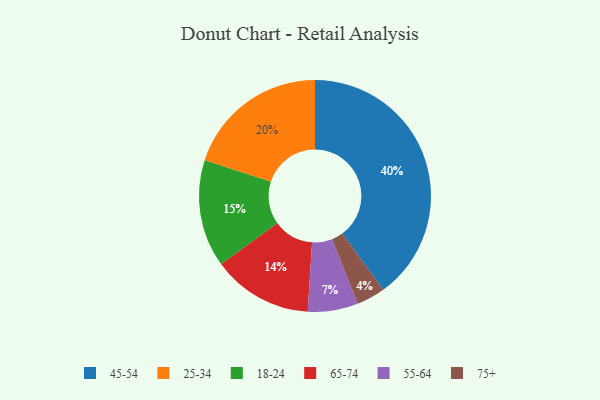
{"axis": {"x": "Category", "y": "Percentage"}, "legend": ["18-24", "25-34", "45-54", "55-64", "65-74", "75+"], "data": [{"x": "55-64", "y": 7, "type": "55-64"}, {"x": "45-54", "y": 40, "type": "45-54"}, {"x": "18-24", "y": 15, "type": "18-24"}, {"x": "75+", "y": 4, "type": "75+"}, {"x": "65-74", "y": 14, "type": "65-74"}, {"x": "25-34", "y": 20, "type": "25-34"}]}